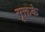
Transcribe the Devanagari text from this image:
सूक्तके